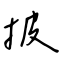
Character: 披